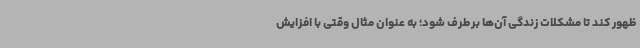
ظهور کند تا مشکلات زندگی آن‌ها برطرف شود؛ به عنوان مثال وقتی با افزایش